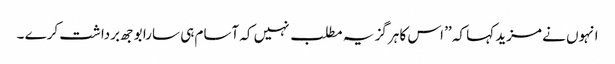
انہوں نے مزید کہا کہ ’’ اس کا ہرگز یہ مطلب نہیں کہ آسام ہی سارا بوجھ برداشت کرے ۔